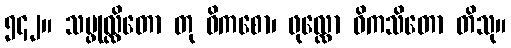
၅၄၂။ သမ္ဖုလ္လိတော တု ဝိကစော၊ ဖုလ္လော ဝိကသိတော တိသု။